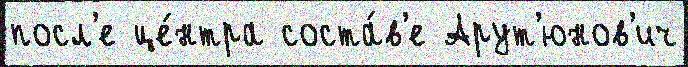
посл'е це́нтра соста́в'е Арут'юнов'ич